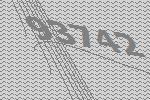
93742